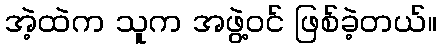
အဲ့ထဲက သူက အဖွဲ့ဝင် ဖြစ်ခဲ့တယ်။